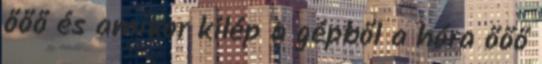
őőő és amikor kilép a gépből a hóra őőő